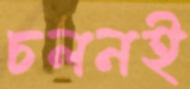
চলনই